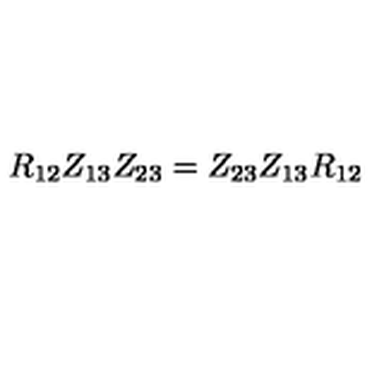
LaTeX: R _ { 1 2 } Z _ { 1 3 } Z _ { 2 3 } = Z _ { 2 3 } Z _ { 1 3 } R _ { 1 2 }